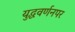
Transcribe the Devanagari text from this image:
युद्धवर्णनपर